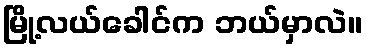
မြို့လယ်ခေါင်က ဘယ်မှာလဲ။